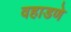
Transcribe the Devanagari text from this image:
वहाडणे